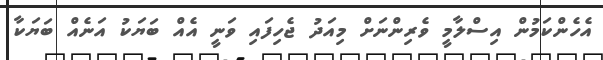
އެހެންކަމުން އިސްލާމީ ވެރިންނަށް މިއަދު ޖެހިފައި ވަނީ އެއް ބަޔަކު އަނެއް ބަޔަކާ